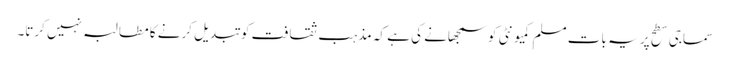
سماجی سطح پر یہ بات مسلم کمیونٹی کو سمجھانے کی ہے کہ مذہب ثقافت کو تبدیل کرنے کا مطالبہ نہیں کرتا۔